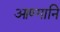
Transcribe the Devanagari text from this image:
आण्गानि